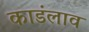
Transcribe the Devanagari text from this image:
काडंलाव